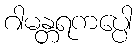
ဂါမန္တရကပ္ပေါ